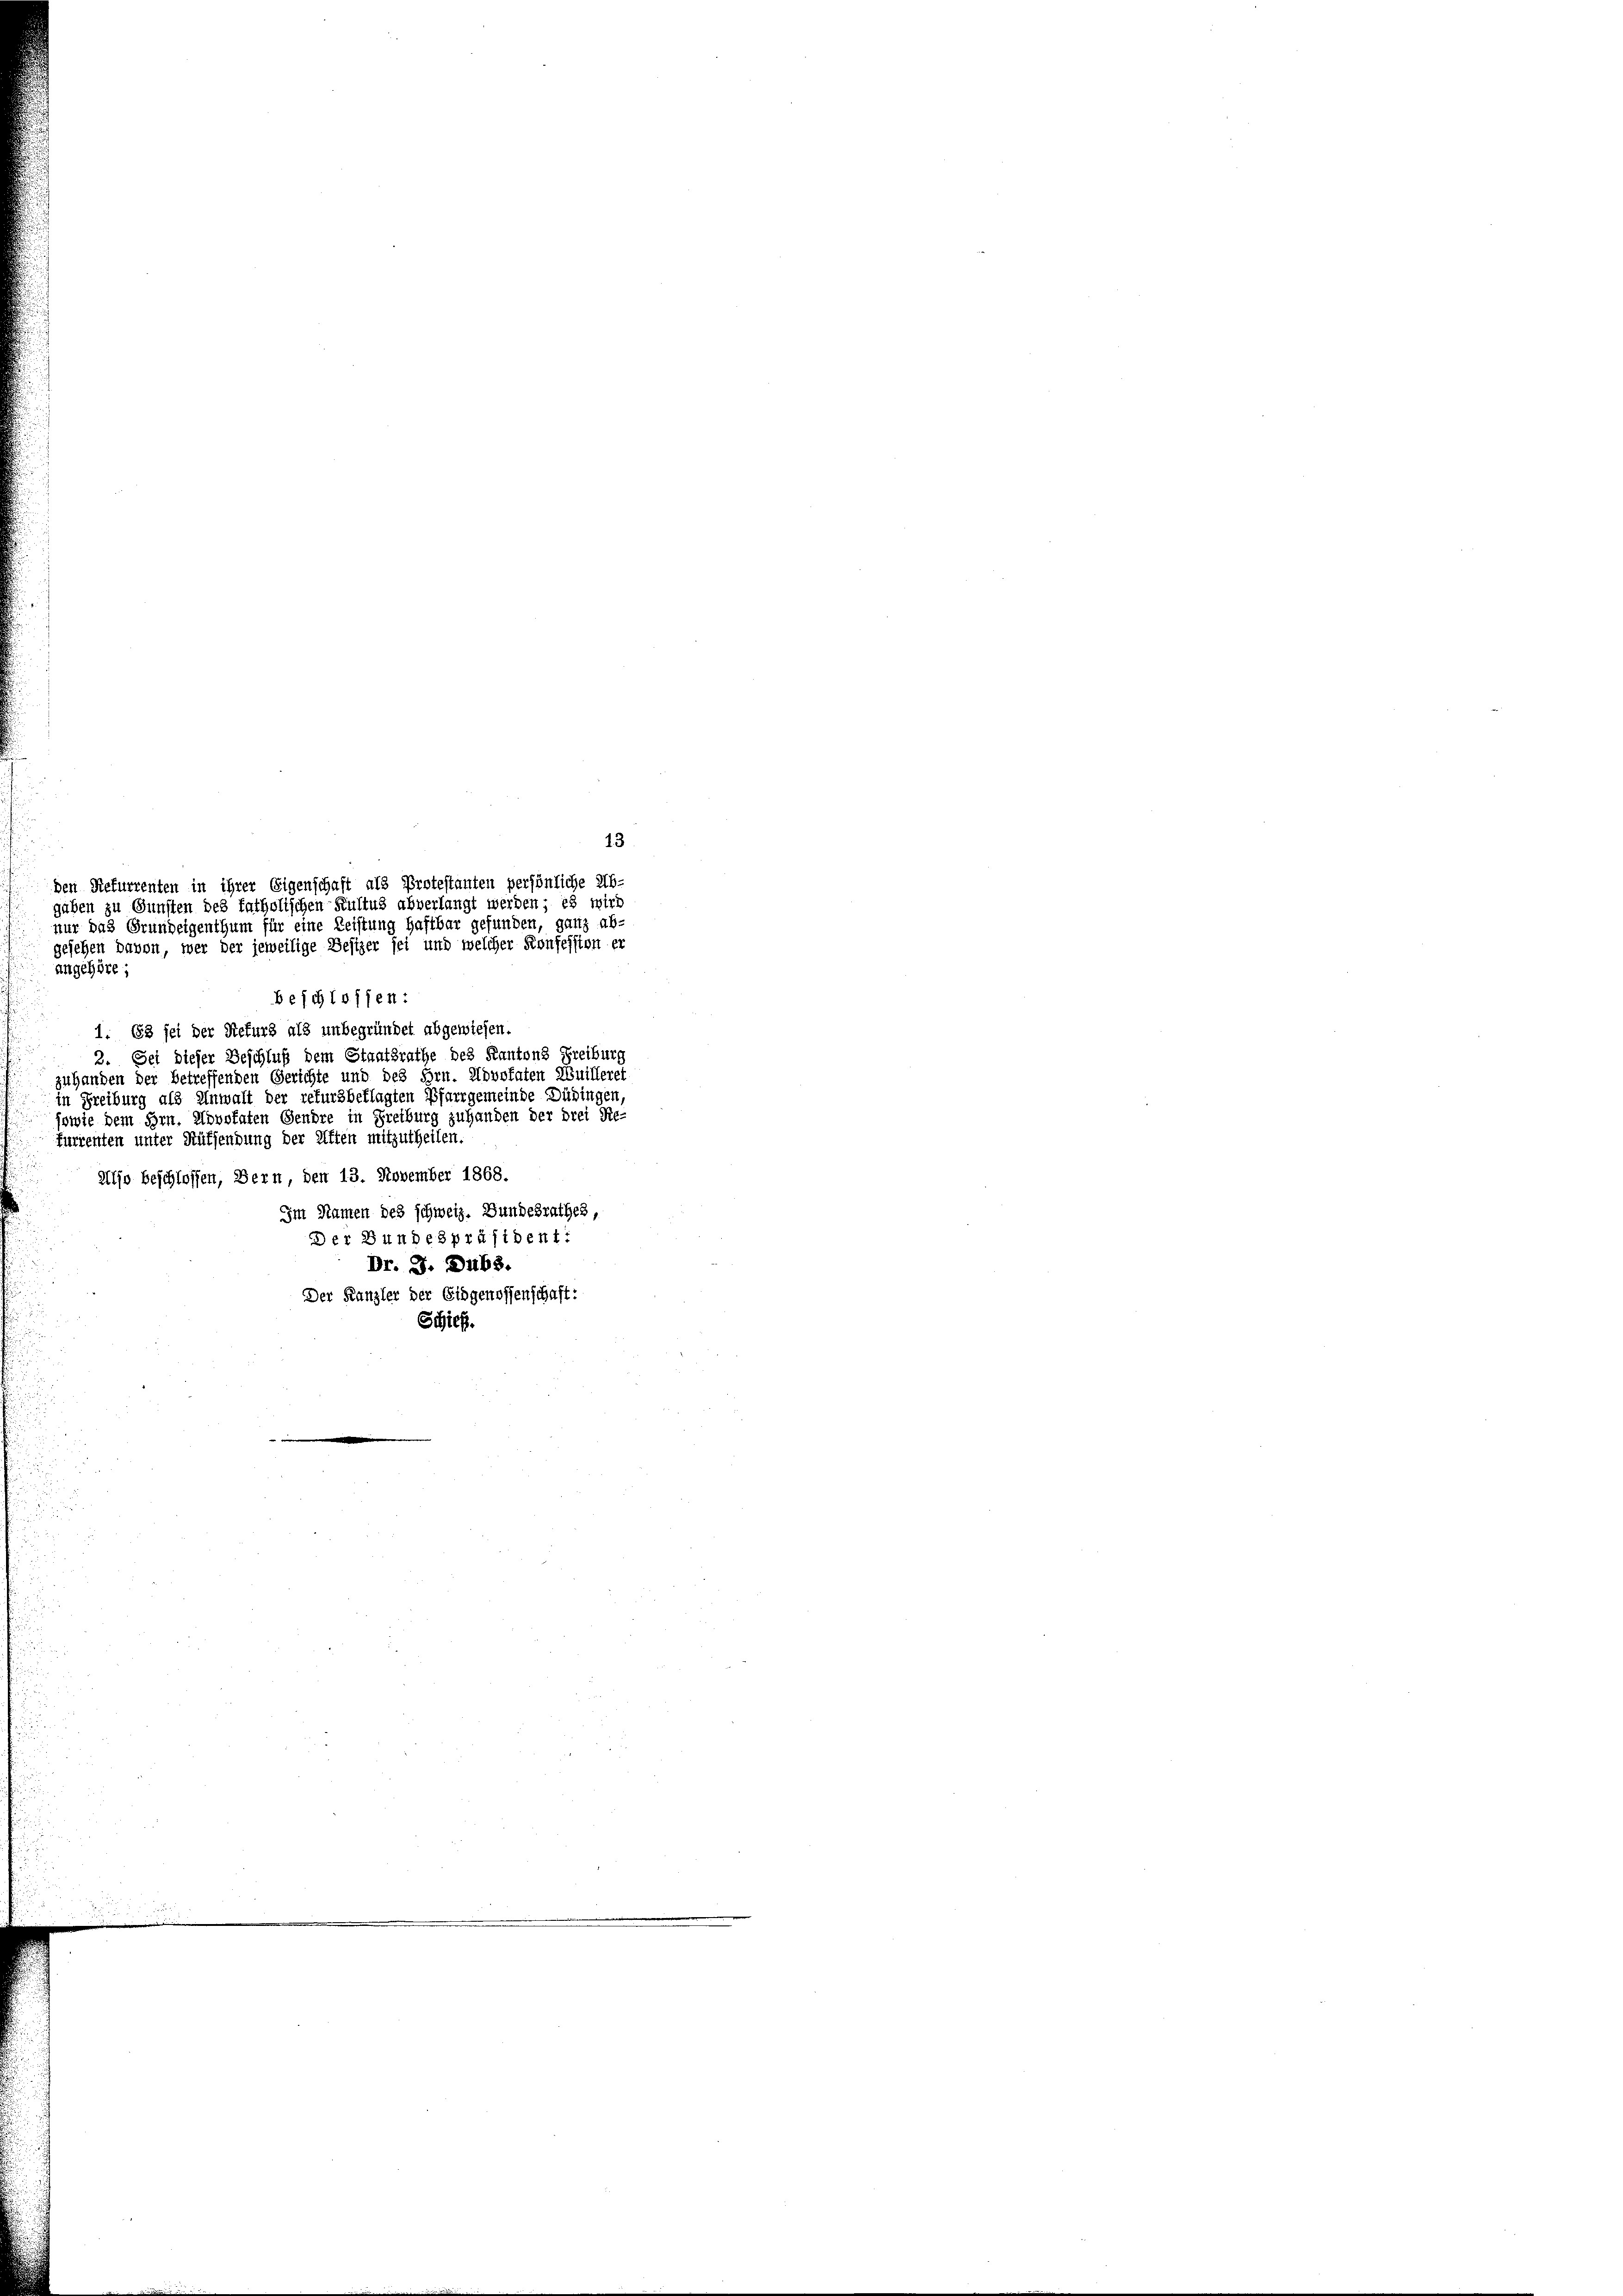
13
2. Sei dieser Beschluß dem Staatsrathe des Kantons Freiburg
zuhanden der betreffenden Gerichte und des Hrn. Novokaten Nuilleret
in Freiburg als Anwalt der refursbeklagten Pfarrgemeinde Düdingen,
sowie dem Hrn. Alovofaten Gendre in Freiburg zu handen der drei Re-
Furrenten unter Auffendung der Aften mitzutheilen.
Also beschlossen, Bern, den 13. November 1868.
Im Namen des schweiz. Bundesrathes,
Der Bundespräsident:
Dr. J. Dubs.
Der Kanzler der Eidgenossenschaft:
Schieß.

den Refurrenten in ihrer Eigenschaft als Protestanten persönliche Ab-
gesehen bauen, wer der jeweilige Besizer sei und welcher Konfession er
angehöre;
beschlossen:
1. 63 sei der Refurs als unbegründet abgewiesen.

nur das Grundeigenthum für eine Leistung haftbar gefunden, ganz ab-

gaben zu Gunsten des katholischen Kultus abverlangt werden; es wird